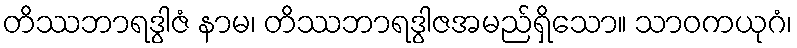
တိဿဘာရဒွါဇံ နာမ၊ တိဿဘာရဒွါဇအမည်ရှိသော။ သာဝကယုဂံ၊